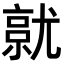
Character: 𡰔